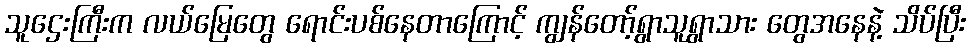
သူဌေးကြီးက လယ်မြေတွေ ရောင်းပစ်နေတာကြောင့် ကျွန်တော့်ရွာသူရွာသား တွေအနေနဲ့ သိပ်ပြီး